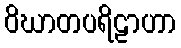
ဝိဃာတပရိဠာဟာ